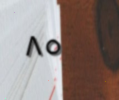
٨٥